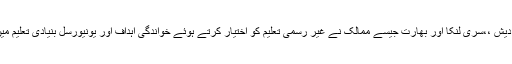
انہوں نے کہا کہ بنگلہ دیش ،،سری لنکا اور بھارت جیسے ممالک نے غیر رسمی تعلیم کو اختیار کرتے ہوئے خواندگی اہداف اور یونیورسل بنیادی تعلیم میں کامیابیاں حاصل کیں۔